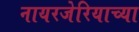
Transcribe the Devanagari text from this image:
नायरजेरियाच्या